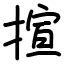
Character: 揎